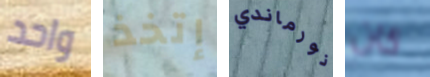
واحد إتخذ نورماندي كان